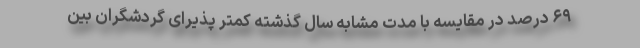
۶۹ درصد در مقایسه با مدت مشابه سال گذشته کمتر پذیرای گردشگران بین